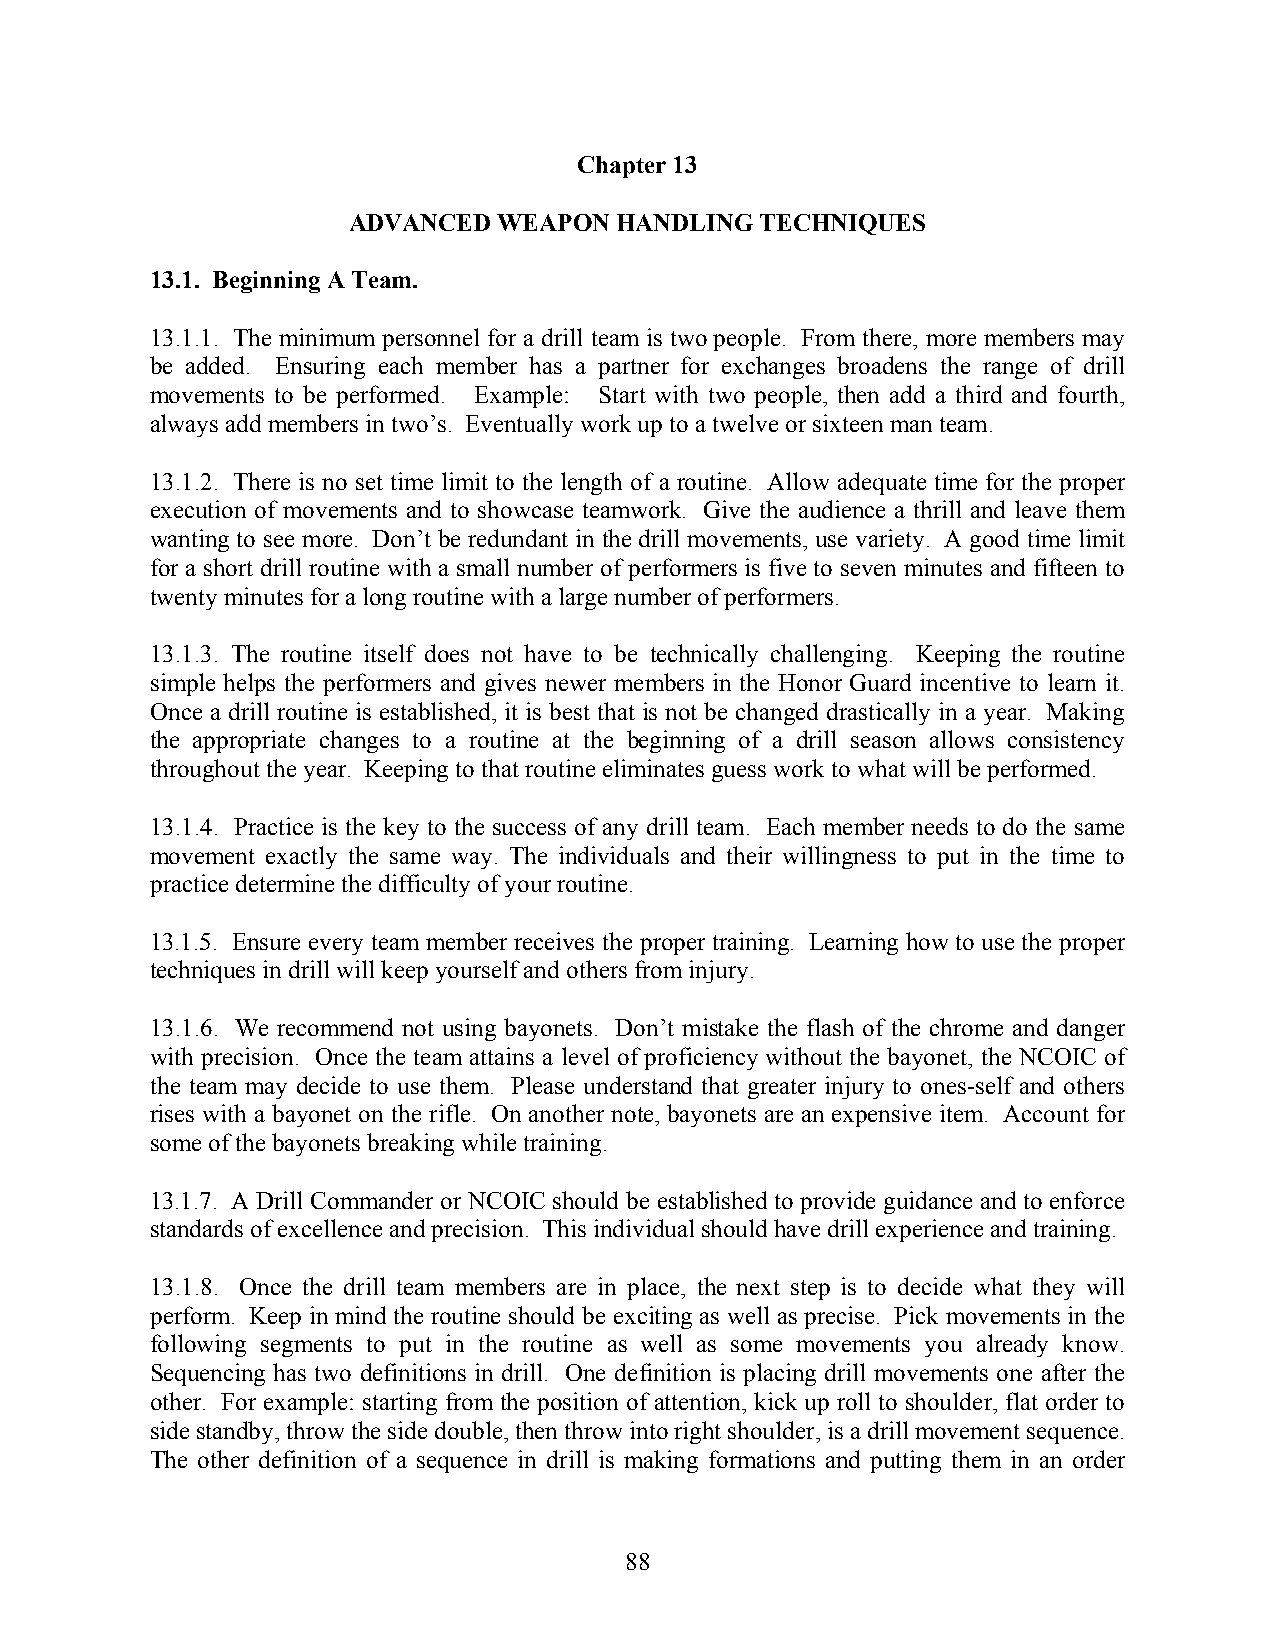
Chapter 13
 ADVANCED  WEAPON  HANDLING TECHNIQUES
 13.1. Beginning A Team.
 13.1.1. The minimum personnel for a drill team is two people. From there, more members may
 be added. Ensuring each member has a partner for exchanges broadens the range of drill
 movements to be performed. Example: Start with two people, then add a third and fourth,
 always add members in two’s. Eventually work up to a twelve or sixteen man team.
 13.1.2. There is no set time limit to the length of a routine. Allow adequate time for the proper
 execution of movements and to showcase teamwork. Give the audience a thrill and leave them
 wanting to see more. Don’t be redundant in the drill movements, use variety. A good time limit
 for a short drill routine with a small number of performers is five to seven minutes and fifteen to
 twenty minutes for a long routine with a large number of performers.
 13.1.3. The routine itself does not have to be technically challenging. Keeping the routine
 simple helps the performers and gives newer members in the Honor Guard incentive to learn it.
 Once a drill routine is established, it is best that is not be changed drastically in a year. Making
 the appropriate changes to a routine at the beginning of a drill season allows consistency
 throughout the year. Keeping to that routine eliminates guess work to what will be performed.
 13.1.4. Practice is the key to the success of any drill team. Each member needs to do the same
 movement exactly the same way. The individuals and their willingness to put in the time to
 practice determine the difficulty of your routine.
 13.1.5. Ensure every team member receives the proper training. Learning how to use the proper
 techniques in drill will keep yourself and others from injury.
 13.1.6. We recommend not using bayonets. Don’t mistake the flash of the chrome and danger
 with precision. Once the team attains a level of proficiency without the bayonet, the NCOIC of
 the team may decide to use them. Please understand that greater injury to ones-self and others
 rises with a bayonet on the rifle. On another note, bayonets are an expensive item. Account for
 some of the bayonets breaking while training.
 13.1.7. A Drill Commander or NCOIC should be established to provide guidance and to enforce
 standards of excellence and precision. This individual should have drill experience and training.
 13.1.8. Once the drill team members are in place, the next step is to decide what they will
 perform. Keep in mind the routine should be exciting as well as precise. Pick movements in the
 following segments to put in the routine as well as some movements you already know.
 Sequencing has two definitions in drill. One definition is placing drill movements one after the
 other. For example: starting from the position of attention, kick up roll to shoulder, flat order to
 side standby, throw the side double, then throw into right shoulder, is a drill movement sequence.
 The other definition of a sequence in drill is making formations and putting them in an order
 88